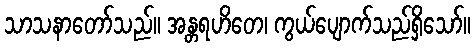
သာသနာတော်သည်။ အန္တရဟိတေ၊ ကွယ်ပျောက်သည်ရှိသော်။